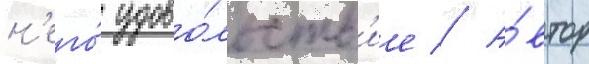
н'его́ удово́льств'ие // А́втор